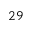
^ Ḋ 2 9 Ḍ